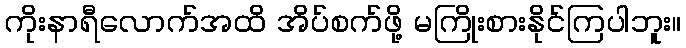
ကိုးနာရီလောက်အထိ အိပ်စက်ဖို့ မကြိုးစားနိုင်ကြပါဘူး။